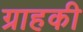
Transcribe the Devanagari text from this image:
ग्राहकी